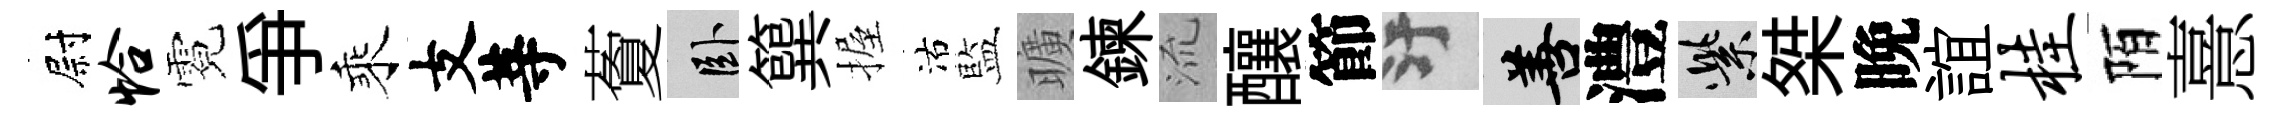
尉恰霓爭乘支䓁藑卧簨握沽藍曠鍊𣴑釀節污善澧紫桀晚誼桂陌憙